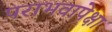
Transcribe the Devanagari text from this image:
पराभवापेक्षा